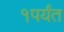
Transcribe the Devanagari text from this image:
१पर्यंत